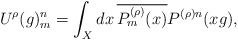
LaTeX: \begin{align*}U^\rho(g)_m^n = \int_X dx \, \overline{P_m^{(\rho)}(x)}P^{(\rho) n}(x g),\end{align*}